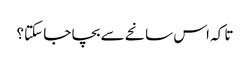
تا کہ اس سانحے سے بچا جا سکتا؟